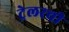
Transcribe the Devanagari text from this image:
ट्रेलरची